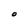
Character: O